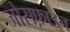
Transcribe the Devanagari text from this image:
जोसफ़ाइन